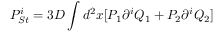
P _ { S t } ^ { i } = 3 D \int d ^ { 2 } x [ P _ { 1 } \partial ^ { i } Q _ { 1 } + P _ { 2 } \partial ^ { i } Q _ { 2 } ]